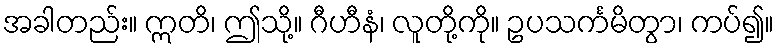
အခါတည်း။ ဣတိ၊ ဤသို့။ ဂီဟီနံ၊ လူတို့ကို။ ဥပသင်္ကမိတွာ၊ ကပ်၍။